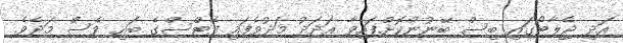
އަދި ޖެލާޓޯގައި ބިސް ބޭނުންކޮށްފައިވާ އަދަދު މަދުވެފައި ފެޓްސްގެ ބައި ވެސް މަދެވެ.